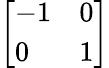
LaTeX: \left[\begin{array}{ll}{-1}&{0}\\ {0}&{1}\end{array}\right]